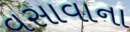
વસાવાના